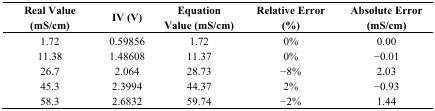
<table><thead><tr><td><b>Real Value (mS/cm)</b></td><td><b>IV (V)</b></td><td><b>Equation Value (mS/cm)</b></td><td><b>Relative Error (%)</b></td><td><b>Absolute Error (mS/cm)</b></td></tr></thead><tbody><tr><td>1.72</td><td>0.59856</td><td>1.72</td><td>0%</td><td>0.00</td></tr><tr><td>11.38</td><td>1.48608</td><td>11.37</td><td>0%</td><td>−0.01</td></tr><tr><td>26.7</td><td>2.064</td><td>28.73</td><td>−8%</td><td>2.03</td></tr><tr><td>45.3</td><td>2.3994</td><td>44.37</td><td>2%</td><td>−0.93</td></tr><tr><td>58.3</td><td>2.6832</td><td>59.74</td><td>−2%</td><td>1.44</td></tr></tbody></table>